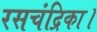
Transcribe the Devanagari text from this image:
रसचंद्रिका।